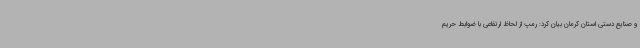
و صنایع دستی استان کرمان بیان کرد: رمپ از لحاظ ارتفاعی با ضوابط حریم